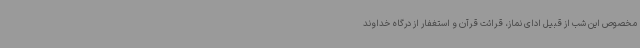
مخصوص این شب از قبیل ادای نماز، قرائت قرآن و استغفار از درگاه خداوند